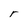
Character: r